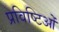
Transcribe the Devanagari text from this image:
प्रविष्टिओं